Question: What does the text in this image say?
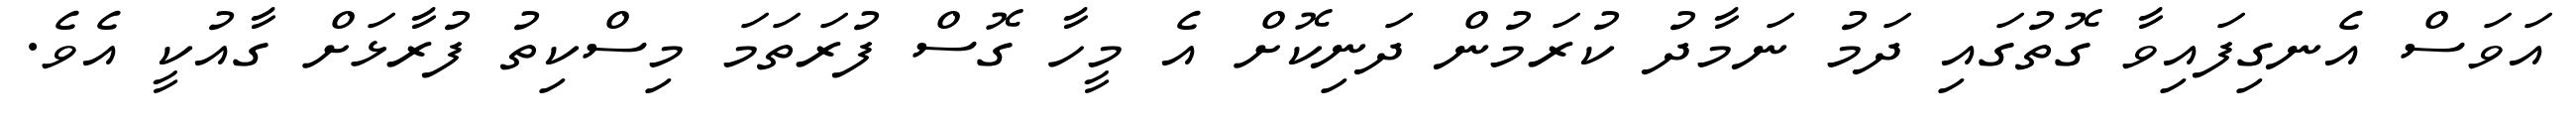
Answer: އަވަސް އެނގިފައިވާ ގޮތުގައި ދަމު ނަމާދު ކުރަމުން ދަނިކޮށް އެ މީހާ ގޮސް ފުރަތަމަ މިސްކިތު ފުރާޅަށް ގާއުކީ އެވެ.